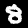
Label: 8